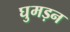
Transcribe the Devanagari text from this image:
घुमड़न